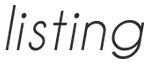
listing